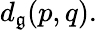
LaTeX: d_{\mathfrak{g}}(p,q).